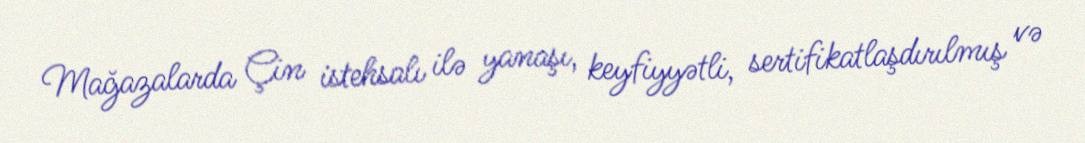
Mağazalarda Çin istehsalı ilə yanaşı, keyfiyyətli, sertifikatlaşdırılmış və